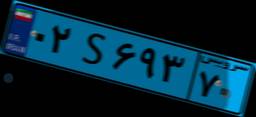
۰۲S۶۹۳۷۰